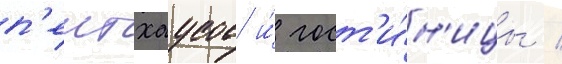
п'ентхаусов и́ гост'и́н'ицы /